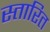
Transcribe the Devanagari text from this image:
स्तारित